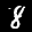
Label: 8